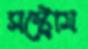
সস্ট্রোম